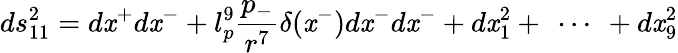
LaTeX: ds_{11}^{2}=d\mathit{x}^{+}d\mathit{x}^{-}+l_{p}^{9}\frac{{p_{-}}}{{r^{7}}}\delta(\mathit{x}^{-})d\mathit{x}^{-}d\mathit{x}^{-}+d\mathit{x}_{1}^{2}+\ \cdots\ +d\mathit{x}_{9}^{2}